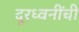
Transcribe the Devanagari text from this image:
दूरध्वनींची